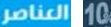
العناصر 10